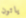
ياتون